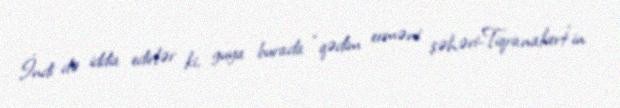
İndi də iddia edirlər ki, guya burada “qədim erməni şəhəri-Tiqranakert”in